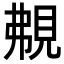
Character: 𧠤